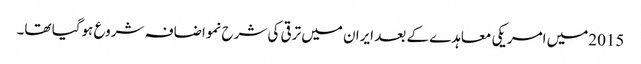
2015میں امریکی معاہدے کے بعد ایران میں ترقی کی شرح نمواضافہ شروع ہوگیا تھا۔